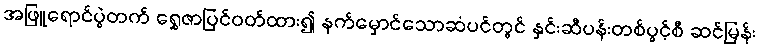
အဖြူရောင်ပွဲတက် ရွှေဇာပြင်ဝတ်ထား၍ နက်မှောင်သောဆံပင်တွင် နှင်းဆီပန်းတစ်ပွင့်စီ ဆင်မြန်း